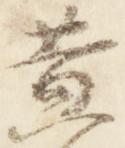
黄